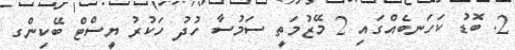
2. ބޮޑު ކަހަނބެއްގައި 2 މޭޒުމަތީ ސަމުސާ ހުދު ހަކުރު ޔީސްޓް ބޭކިންގ